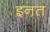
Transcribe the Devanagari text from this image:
इनत